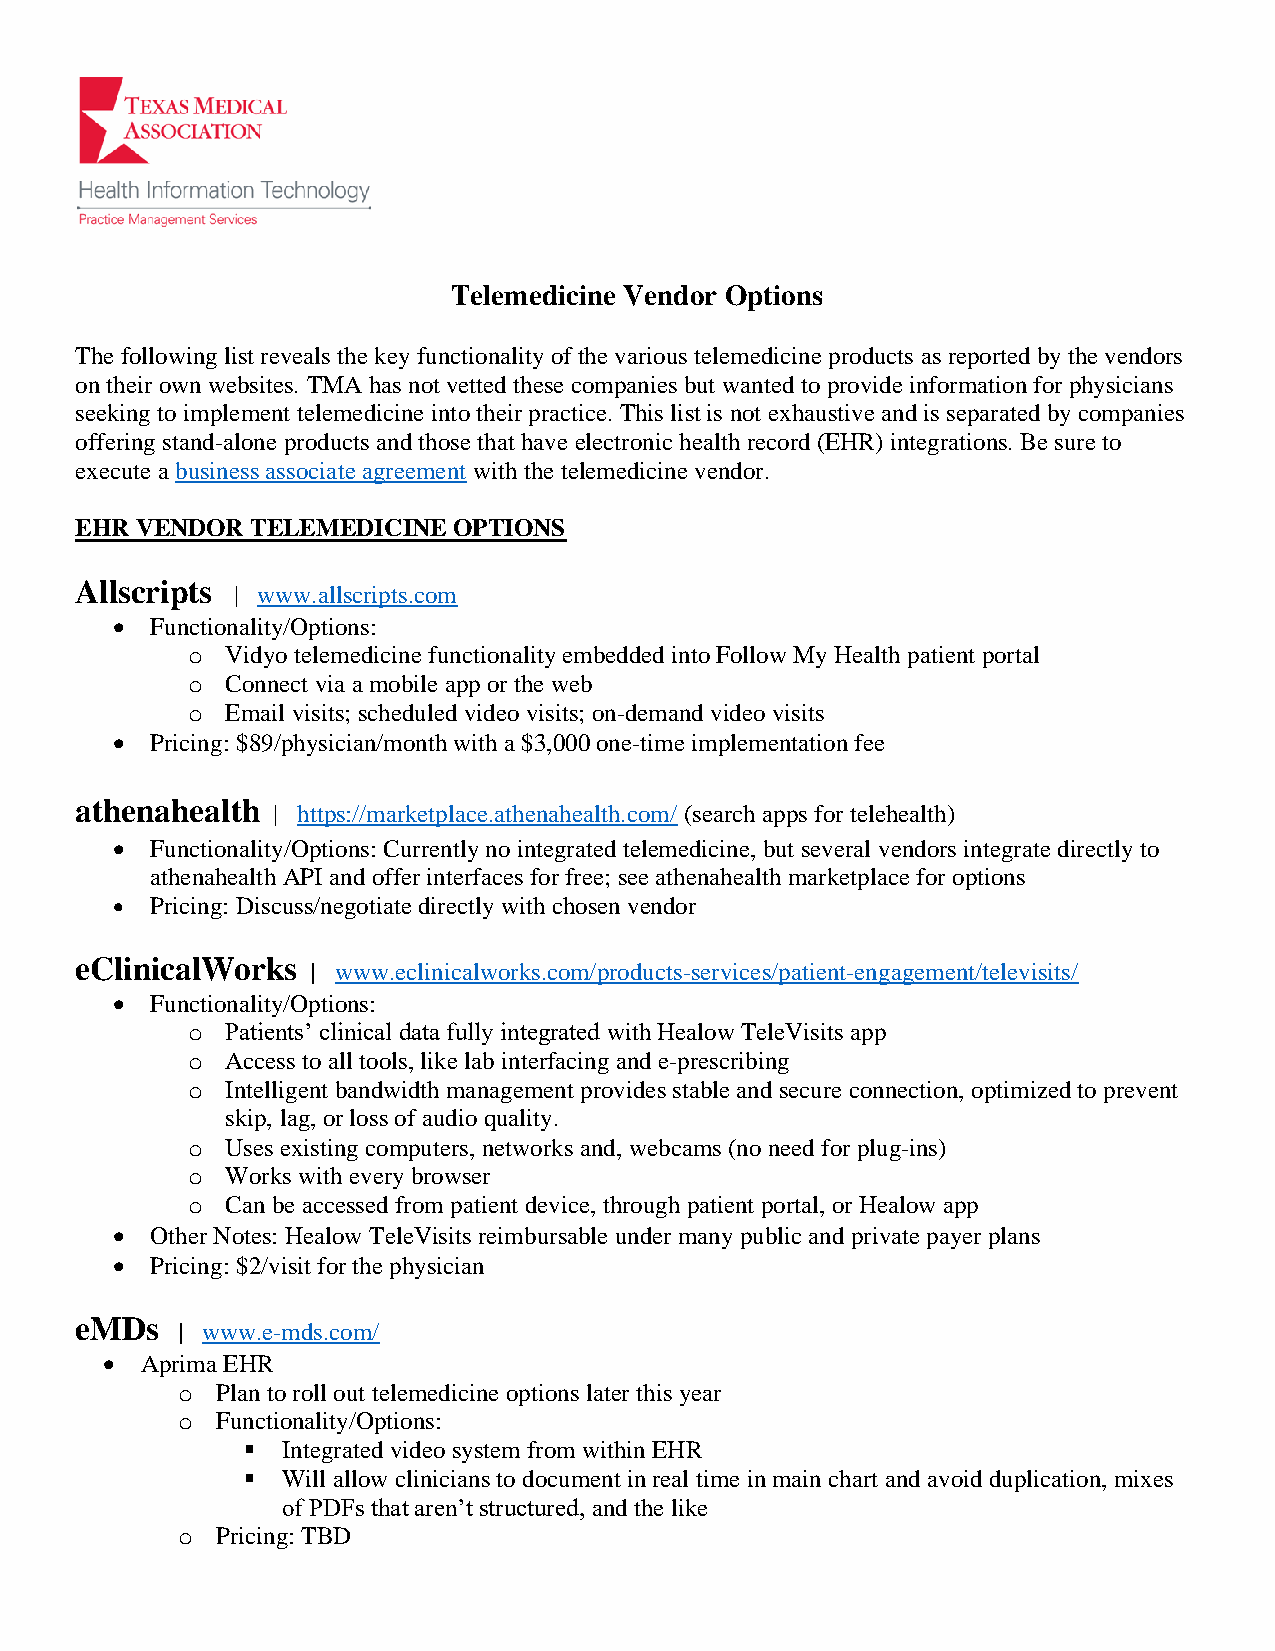
Telemedicine Vendor Options
 The following list reveals the key functionality of the various telemedicine products as reported by the vendors
 on their own websites. TMA has not vetted these companies but wanted to provide information for physicians
 seeking to implement telemedicine into their practice. This list is not exhaustive and is separated by companies
 offering stand-alone products and those that have electronic health record (EHR) integrations. Be sure to
 execute a business associate agreement with the telemedicine vendor.
 EHR VENDOR  TELEMEDICINE OPTIONS
 Allscripts
 | www.allscripts.com
 •  Functionality/Options:
 o  Vidyo telemedicine functionality embedded into Follow My Health patient portal
 o  Connect via a mobile app or the web
 o  Email visits; scheduled video visits; on-demand video visits
 •  Pricing: $89/physician/month with a $3,000 one-time implementation fee
 athenahealth
 | https://marketplace.athenahealth.com/ (search apps for telehealth)
 •  Functionality/Options: Currently no integrated telemedicine, but several vendors integrate directly to
 athenahealth API and offer interfaces for free; see athenahealth marketplace for options
 •  Pricing: Discuss/negotiate directly with chosen vendor
 eClinicalWorks
 | www.eclinicalworks.com/products-services/patient-engagement/televisits/
 •  Functionality/Options:
 o  Patients’ clinical data fully integrated with Healow TeleVisits app
 o  Access to all tools, like lab interfacing and e-prescribing
 o  Intelligent bandwidth management provides stable and secure connection, optimized to prevent
 skip, lag, or loss of audio quality.
 o  Uses existing computers, networks and, webcams (no need for plug-ins)
 o  Works with every browser
 o  Can be accessed from patient device, through patient portal, or Healow app
 •  Other Notes: Healow TeleVisits reimbursable under many public and private payer plans
 •  Pricing: $2/visit for the physician
 eMDs
 | www.e-mds.com/
 • Aprima EHR
 o Plan to roll out telemedicine options later this year
 o Functionality/Options:
 ▪  Integrated video system from within EHR
 ▪  Will allow clinicians to document in real time in main chart and avoid duplication, mixes
 of PDFs that aren’t structured, and the like
 o Pricing: TBD